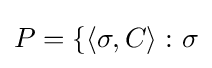
P=\{\langle \sigma ,C\rangle \,\colon \sigma